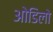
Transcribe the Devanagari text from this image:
ओडिलो